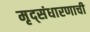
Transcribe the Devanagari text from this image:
मृद्संधारणाची